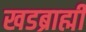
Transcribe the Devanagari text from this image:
खडब्राह्मी